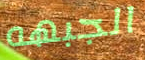
الجبهه